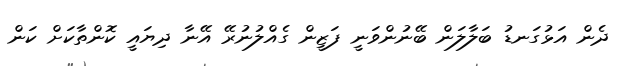
ދެން އަޅުގަނޑު ބަލާލަން ބޭނުންވަނީ ފަޒީން ގެއްލުނުރޭ އޭނާ ދިޔައީ ކޮންތާކަށް ކަން